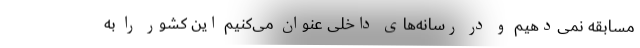
مسابقه نمی‌دهیم و در رسانه‌های داخلی عنوان می‌کنیم این کشور را به